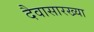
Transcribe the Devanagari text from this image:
दैवासारख्या